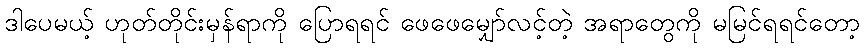
ဒါပေမယ့် ဟုတ်တိုင်းမှန်ရာကို ပြောရရင် ဖေဖေမျှော်လင့်တဲ့ အရာတွေကို မမြင်ရရင်တော့